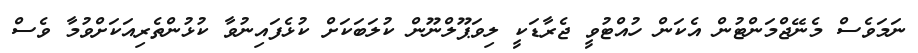
ނަމަވެސް މެނޭޖްމަންޓުން އެކަން ހުއްޓުވީ ޖެރާޑަކީ ލިވަޕޫލްނޫން ކުލަބަކަށް ކުޅެފައިނުވާ ކުޅުންތެރިއަކަށްވުމާ ވެސް